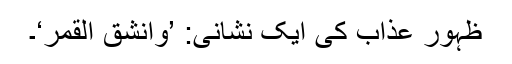
ظہور عذاب کی ایک نشانی: ’وَانْشَقَّ الْقَمَرُ‘۔